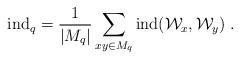
LaTeX: \begin{align*}\mathrm{ind}_q&=\frac1{|M_q|}\sum_{xy\in M_q}\mathrm{ind}(\mathcal{W}_x,\mathcal{W}_y)\;.\end{align*}